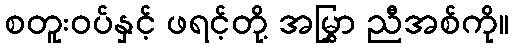
စတူးဝပ်နှင့် ဖရင့်တို့ အမြွှာ ညီအစ်ကို။